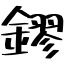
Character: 鏐